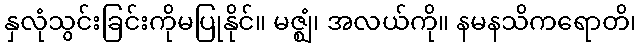
နှလုံသွင်းခြင်းကိုမပြုနိုင်။ မဇ္ဈံ၊ အလယ်ကို။ နမနသိကရောတိ၊